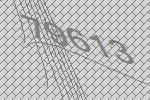
79613